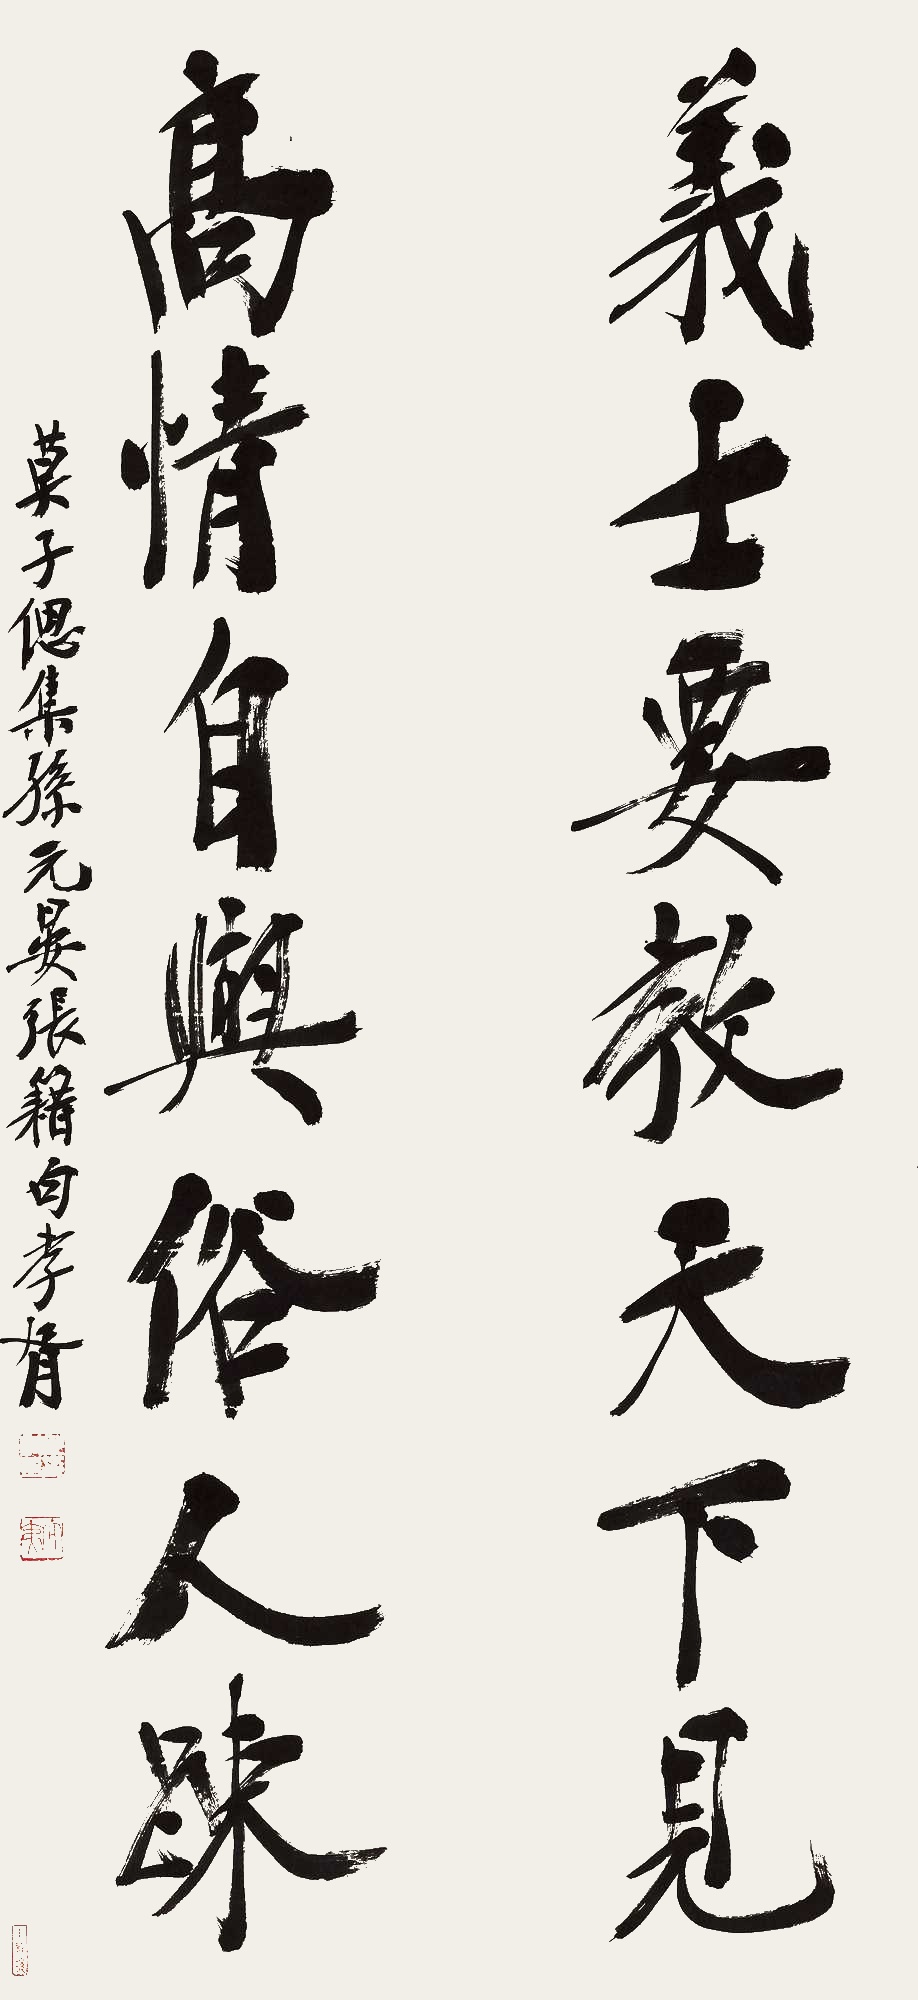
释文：义士要教天下见，高情自与俗人疏。莫子偲集孙元晏、张籍句。孝胥。